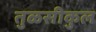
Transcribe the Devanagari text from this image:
तुळसीकुल